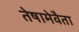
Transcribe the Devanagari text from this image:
तेषामेवैता